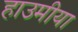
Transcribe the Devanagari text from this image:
हाउमीया